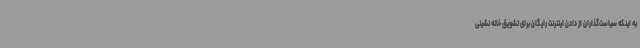
به اینکه سیاست‌گذاران از دادن اینترنت رایگان برای تشویق خانه نشینی